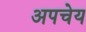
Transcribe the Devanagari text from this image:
अपचेय